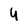
Character: 4